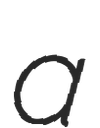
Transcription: a